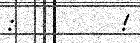
:         !